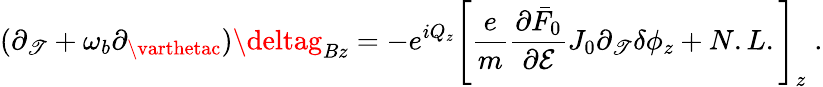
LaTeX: (\partial_{\mathscr{T}}+\omega_{b}\partial_{\varthetac})\deltag_{Bz}=-e^{iQ_{z}}\left[\frac{{e}}{{m}}\frac{{\partial\bar{{F}}_{0}}}{{\partial\mathcal{{E}}}}J_{0}\partial_{\mathscr{T}}\delta\phi_{z}+N.L.\right]_{z}\; .